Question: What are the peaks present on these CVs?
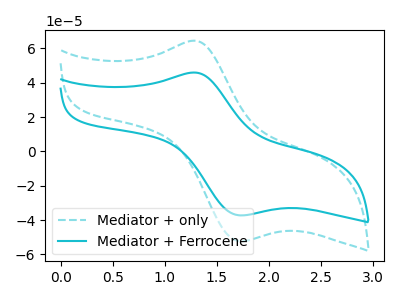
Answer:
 <answer>The cyan dashed curve "Mediator + only" has an anodic peak at (1.25V, 64.50uA) and a cathodic peak at (1.70V, -52.25uA). The cyan curve "Mediator + Ferrocene" has an anodic peak at (1.25V, 45.95uA) and a cathodic peak at (1.70V, -37.20uA).</answer>
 <eval></eval>